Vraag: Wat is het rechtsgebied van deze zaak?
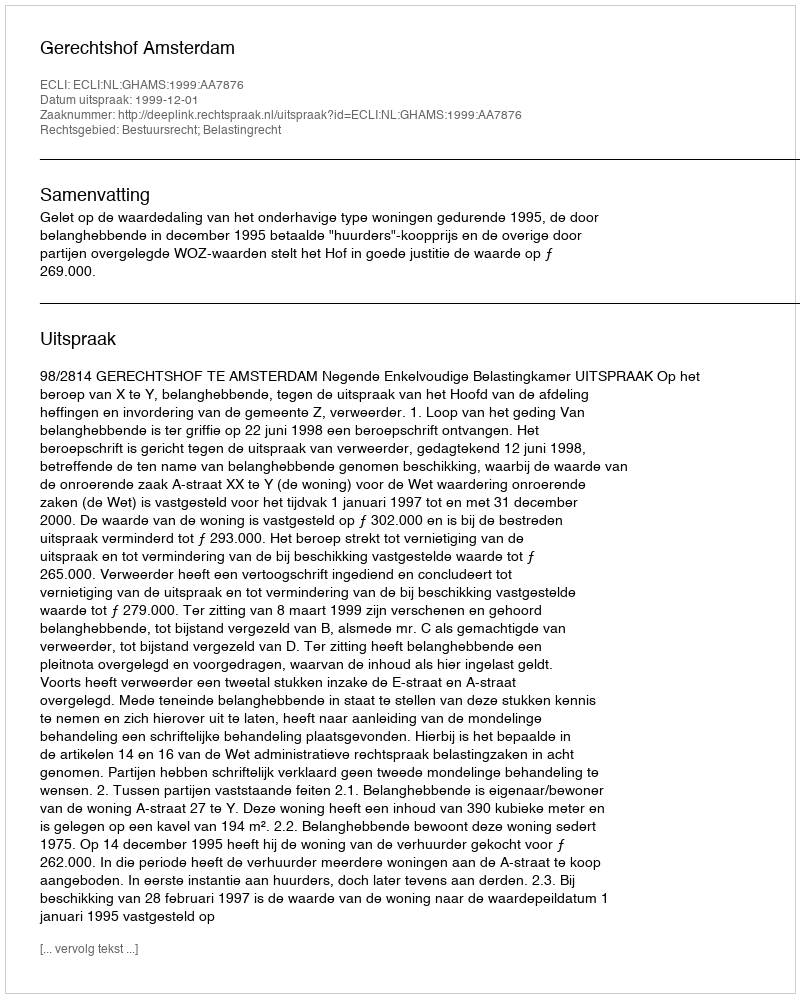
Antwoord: Bestuursrecht; Belastingrecht